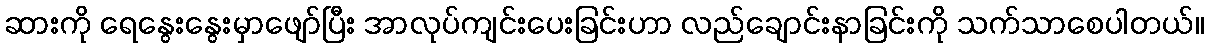
ဆားကို ရေနွေးနွေးမှာဖျော်ပြီး အာလုပ်ကျင်းပေးခြင်းဟာ လည်ချောင်းနာခြင်းကို သက်သာစေပါတယ်။